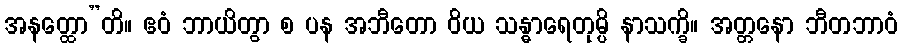
အနတ္ထော”တိ။ ဧဝံ ဘာယိတွာ စ ပန အဘီတော ဝိယ သန္ဓာရေတုမ္ပိ နာသက္ခိ။ အတ္တနော ဘီတဘာဝံ